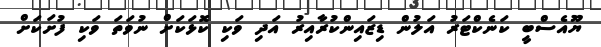
ޔޫއެސްބީ ކަނެކްޓަރު އަލުން ޑިޒައިންކުރާއިރު އަދި ވަކި ކޮޅަކަށް ނުވަތަ ވަކި ފުށަކަށް